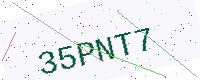
Text: 35PNT7